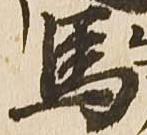
馬